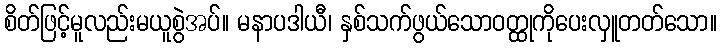
စိတ်ဖြင့်မူလည်းမယူစွဲအပ်။ မနာပဒါယီ၊ နှစ်သက်ဖွယ်သောဝတ္ထုကိုပေးလှူတတ်သော။